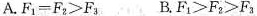
A. $$F _ { 1 } = F _{ 2 } > F _ { 3 }$$ B. $$F _ { 1 } > F _{ 2 } > F _ { 3 } $$